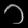
Digit: ၁